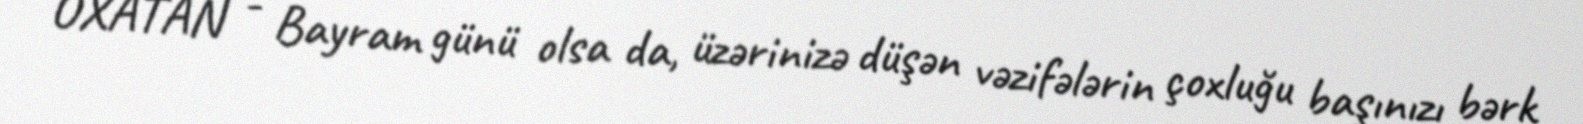
OXATAN - Bayram günü olsa da, üzərinizə düşən vəzifələrin çoxluğu başınızı bərk